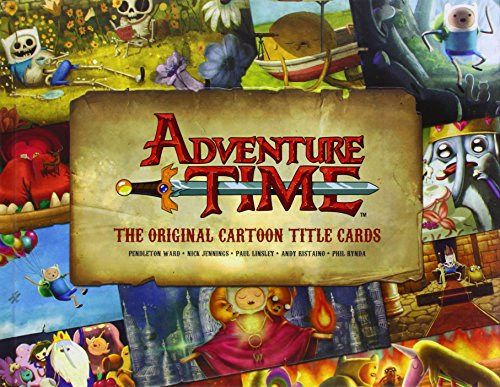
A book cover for Adventure Time: The Original Cartoon Title Cards (Vol 1): The Original Cartoon Title Cards Seasons 1 & 2; Pendleton Ward; Humor & Entertainment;